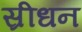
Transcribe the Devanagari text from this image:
स्रीधन